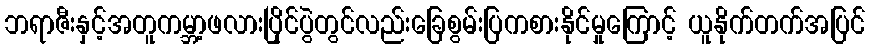
ဘရာဇီးနှင့်အတူကမ္ဘာ့ဖလားပြိုင်ပွဲတွင်လည်းခြေစွမ်းပြကစားနိုင်မှုကြောင့် ယူနိုက်တက်အပြင်